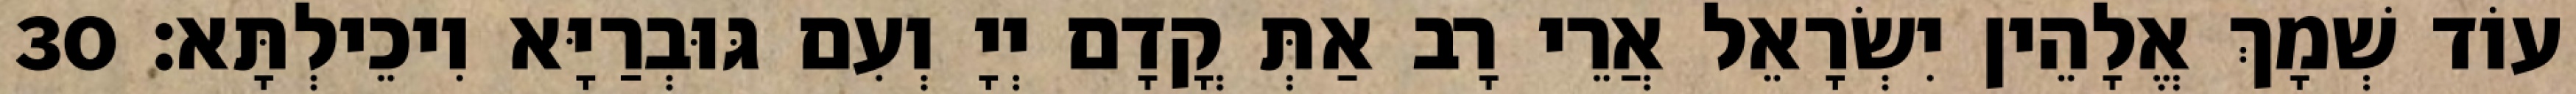
עוֹד שְׁמָךְ אֱלָהֵין יִשְׂרָאֵל אֲרֵי רָב אַתְּ קֳדָם יְיָ וְעִם גּוּבְרַיָּא וִיכֵילְתָּא׃ 30